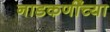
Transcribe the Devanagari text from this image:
नाडकर्णींच्या